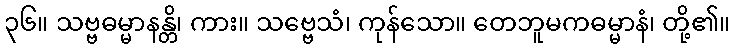
၃၆။ သဗ္ဗဓမ္မာနန္တိ၊ ကား။ သဗ္ဗေသံ၊ ကုန်သော။ တေဘူမကဓမ္မာနံ၊ တို့၏။